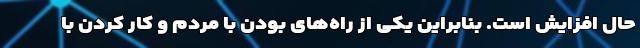
حال افزایش است. بنابراین یکی از راه‌های بودن با مردم و کار کردن با